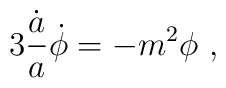
3{\dot a \over a}\dot\phi = -{m^2\phi} \ ,